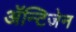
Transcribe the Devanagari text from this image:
ॲन्टिजेन